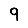
Digit: 9